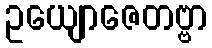
ဥယျောဇေတဗ္ဗာ